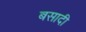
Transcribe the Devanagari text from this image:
बसादी